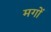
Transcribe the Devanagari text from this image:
मगों